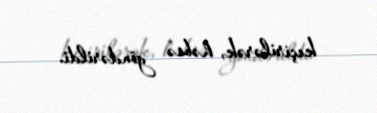
keçirilərək, həbsə göndərildi.